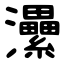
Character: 㶟